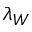
\lambda _ { W }